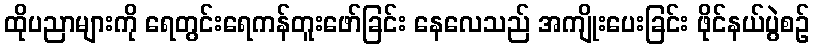
ထိုပညာများကို ရေတွင်းရေကန်တူးဖော်ခြင်း နေလေသည် အကျိုးပေးခြင်း ဖိုင်နယ်ပွဲစဉ်